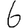
Digit: 6